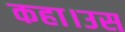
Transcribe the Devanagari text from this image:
कहा।उस